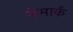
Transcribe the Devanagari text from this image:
नेमार्क